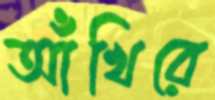
আঁখিরে